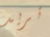
تريد